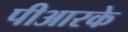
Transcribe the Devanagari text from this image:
पीआरके